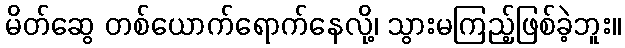
မိတ်ဆွေ တစ်ယောက်ရောက်နေလို့၊ သွားမကြည့်ဖြစ်ခဲ့ဘူး။